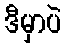
ဒီမှာပဲ